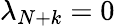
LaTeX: \lambda_{N+k}=0